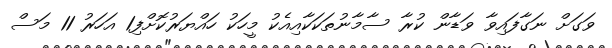
ވަގަށް ނަގާފައިވާ ވަޑާން ކުރާ ސާމާނުތަކަކާއިއެކު މީހަކު ހައްޔަރުކޮށްފި1 އަހަރު 11 މަސް